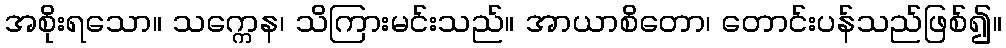
အစိုးရသော။ သက္ကေန၊ သိကြားမင်းသည်။ အာယာစိတော၊ တောင်းပန်သည်ဖြစ်၍။